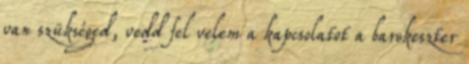
van szükséged, vedd fel velem a kapcsolatot a barokeszter